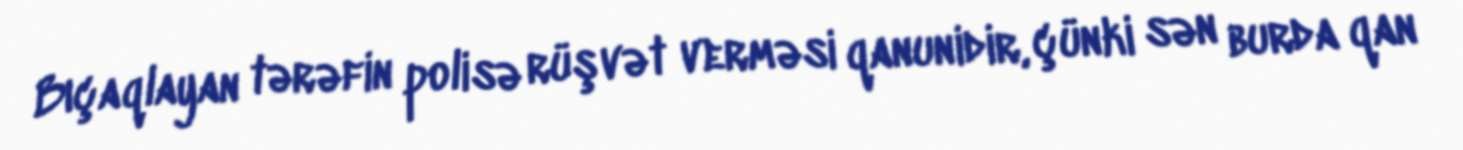
Bıçaqlayan tərəfin polisə rüşvət verməsi qanunidir, çünki sən burda qan